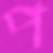
প